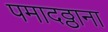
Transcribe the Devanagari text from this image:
पमादठ्ठाना